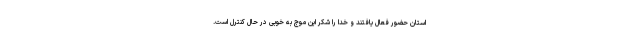
استان حضور فعال یافتند و خدا را شکر این موج به خوبی در حال کنترل است.